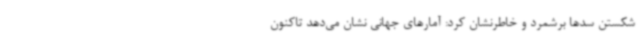
شکستن سدها برشمرد و خاطرنشان کرد: آمارهای جهانی نشان می‌دهد تاکنون